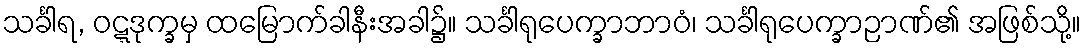
သင်္ခါရ, ဝဋ္ဋဒုက္ခမှ ထမြောက်ခါနီးအခါ၌။ သင်္ခါရုပေက္ခာဘာဝံ၊ သင်္ခါရုပေက္ခာဉာဏ်၏ အဖြစ်သို့။